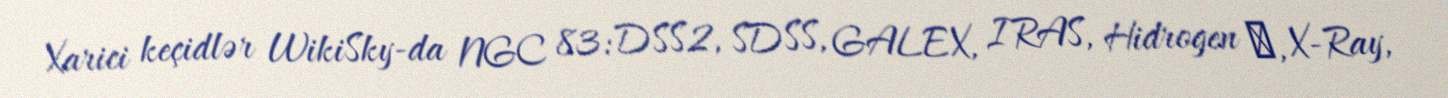
Xarici keçidlər WikiSky-da NGC 83: DSS2, SDSS, GALEX, IRAS, Hidrogen α, X-Ray,